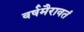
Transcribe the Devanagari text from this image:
वर्षमैरावतं